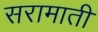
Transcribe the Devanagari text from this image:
सरामाती